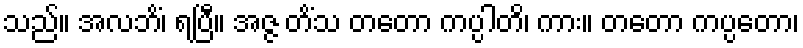
သည်။ အလဘိံ၊ ရပြီ။ အဇ္ဇ တိံသ တတော ကပ္ပါတိ၊ ကား။ တတော ကပ္ပတော၊